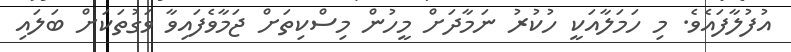
އުފުލާފައެވެ. މި ހަމަލާއަކީ ހުކުރު ނަމާދަށް މީހުން މިސްކިތަށް ޖަމާވެފައިވާ ވަގުތަކަށް ބަލައި